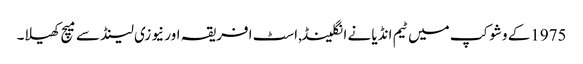
1975کے وشوکپ میں ٹیم انڈیا نے انگلینڈ,اسٹ افریقہ اور نیوزی لینڈ سے میچ کھیلا۔